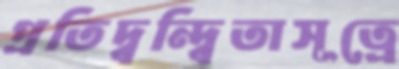
প্রতিদ্বন্দ্বিতাসূত্রে